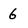
Character: 6